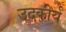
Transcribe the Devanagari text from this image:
उदकीर्य